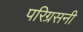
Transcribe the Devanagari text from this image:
परिग्रसनी